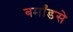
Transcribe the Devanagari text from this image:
बर्मांडसे